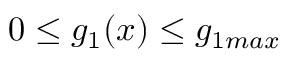
0 \leq g _ { 1 } ( x ) \leq g _ { 1 m a x }